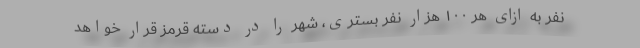
نفر به ازای هر ۱۰۰ هزار نفر بستری، شهر را در دسته قرمز قرار خواهد